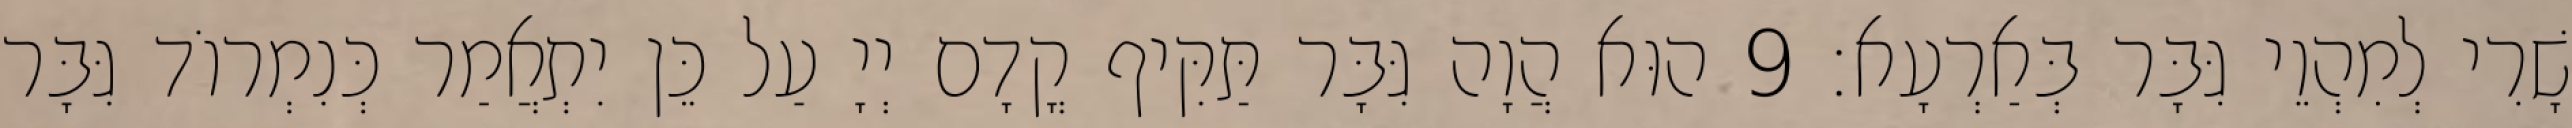
שָׁרִי לְמִהְוֵי גִּבָּר בְּאַרְעָא׃ 9 הוּא הֲוָה גִּבָּר תַּקִּיף קֳדָם יְיָ עַל כֵּן יִתְאֲמַר כְּנִמְרוֹד גִּבָּר